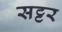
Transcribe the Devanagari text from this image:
सट्टर